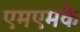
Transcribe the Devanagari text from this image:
एमएमके